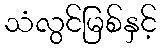
သံလွင်မြစ်နှင့်